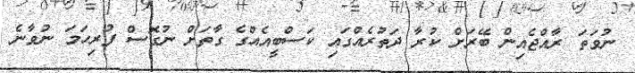
ނުވަތަ ރާއްޖެއިން ބޭރަށް ކުރާ ދަތުރެއްގައި ކަސްބީއެއްގެ ގާތަށް ނުގޮސް ފުރިހަމަ ނުވާނެ